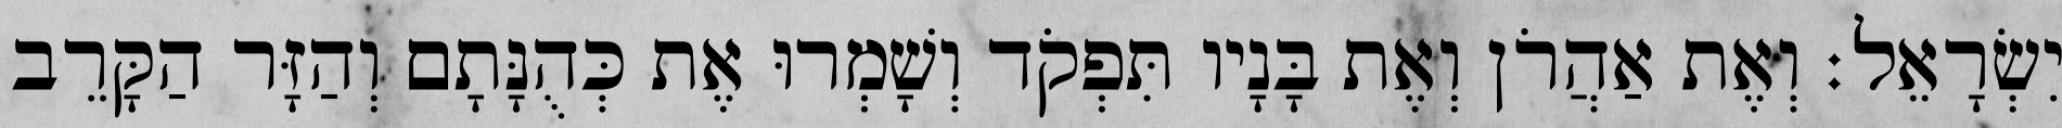
יִשְׂרָאֵל׃ וְאֶת אַהֲרֹן וְאֶת בָּנָיו תִּפְקֹד וְשָׁמְרוּ אֶת כְּהֻנָּתָם וְהַזָּר הַקָּרֵב